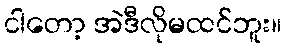
ငါတော့ အဲဒီလိုမထင်ဘူး။